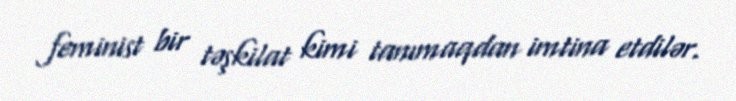
feminist bir təşkilat kimi tanımaqdan imtina etdilər.